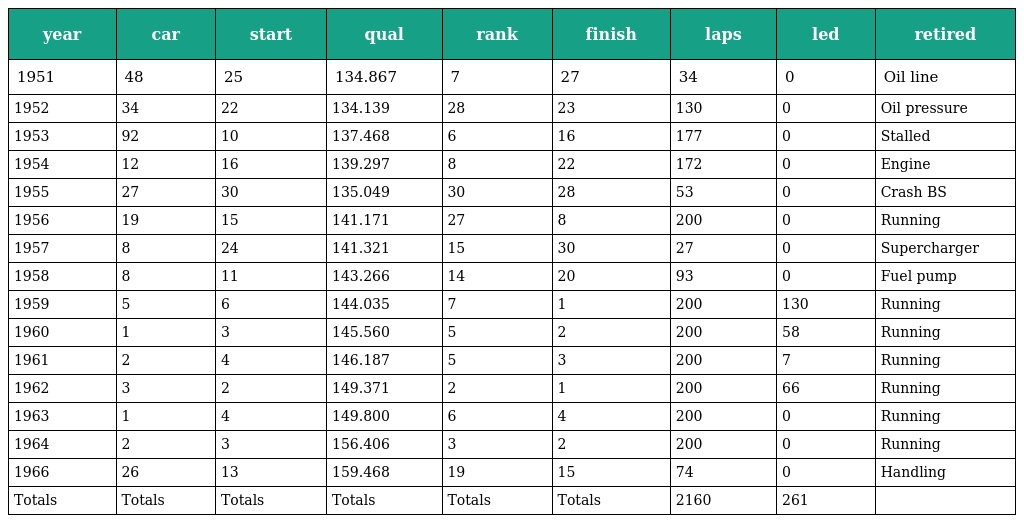
| year | car | start | qual | rank | finish | laps | led | retired |
 | --- | --- | --- | --- | --- | --- | --- | --- | --- |
 | 1951 | 48 | 25 | 134.867 | 7 | 27 | 34 | 0 | Oil line |
 | 1952 | 34 | 22 | 134.139 | 28 | 23 | 130 | 0 | Oil pressure |
 | 1953 | 92 | 10 | 137.468 | 6 | 16 | 177 | 0 | Stalled |
 | 1954 | 12 | 16 | 139.297 | 8 | 22 | 172 | 0 | Engine |
 | 1955 | 27 | 30 | 135.049 | 30 | 28 | 53 | 0 | Crash BS |
 | 1956 | 19 | 15 | 141.171 | 27 | 8 | 200 | 0 | Running |
 | 1957 | 8 | 24 | 141.321 | 15 | 30 | 27 | 0 | Supercharger |
 | 1958 | 8 | 11 | 143.266 | 14 | 20 | 93 | 0 | Fuel pump |
 | 1959 | 5 | 6 | 144.035 | 7 | 1 | 200 | 130 | Running |
 | 1960 | 1 | 3 | 145.560 | 5 | 2 | 200 | 58 | Running |
 | 1961 | 2 | 4 | 146.187 | 5 | 3 | 200 | 7 | Running |
 | 1962 | 3 | 2 | 149.371 | 2 | 1 | 200 | 66 | Running |
 | 1963 | 1 | 4 | 149.800 | 6 | 4 | 200 | 0 | Running |
 | 1964 | 2 | 3 | 156.406 | 3 | 2 | 200 | 0 | Running |
 | 1966 | 26 | 13 | 159.468 | 19 | 15 | 74 | 0 | Handling |
 | Totals | Totals | Totals | Totals | Totals | Totals | 2160 | 261 |  |